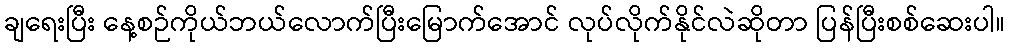
ချရေးပြီး နေ့စဉ်ကိုယ်ဘယ်လောက်ပြီးမြောက်အောင် လုပ်လိုက်နိုင်လဲဆိုတာ ပြန်ပြီးစစ်ဆေးပါ။